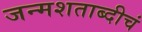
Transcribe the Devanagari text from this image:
जन्मशताब्दीचं